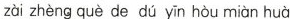
zài zhèng què de dú yīn hòu miàn huà